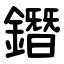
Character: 鐕